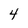
Character: 4